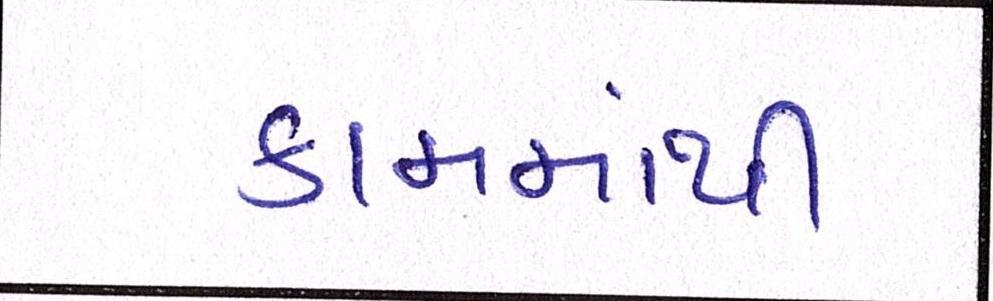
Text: કામમાંથી